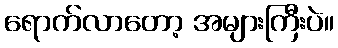
ရောက်လာတော့ အများကြီးပဲ။